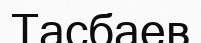
Тасбаев